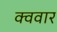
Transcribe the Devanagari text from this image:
क्ववार